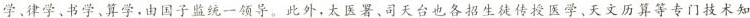
学、律学、书学、算学，由国子监统一领导。此外，太医署、司天台也各招生徒传授医学、天文历算等专门技术知